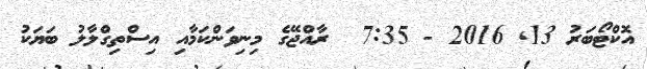
އޮކްޓޯބަރު 13